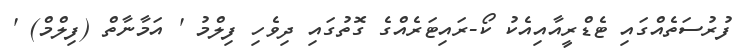
ފުރުސަތެއްގައި ޓެޑްރީއާއިއެކު ކޯ-ރައިޓަރެއްގެ ގޮތުގައި ދިވެހި ފިލްމު ' އަމާނާތް (ފިލްމް) '